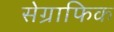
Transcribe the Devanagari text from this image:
सेग्राफिक